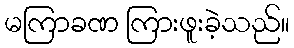
မကြာခဏ ကြားဖူးခဲ့သည်။